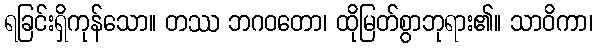
ရခြင်းရှိကုန်သော။ တဿ ဘဂဝတော၊ ထိုမြတ်စွာဘုရား၏။ သာဝိကာ၊